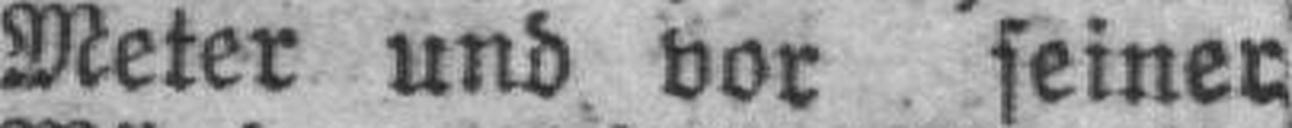
Meter und vor seiner